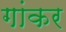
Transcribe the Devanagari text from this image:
गांकर